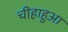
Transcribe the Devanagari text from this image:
चीहाहुआ